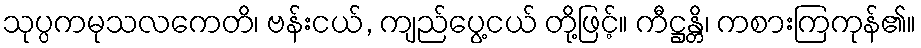
သုပ္ပကမုသလကေတိ၊ ဗန်းငယ်, ကျည်ပွေ့ငယ် တို့ဖြင့်။ ကီဋ္ဌန္တိ၊ ကစားကြကုန်၏။